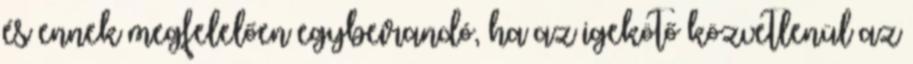
és ennek megfelelően egybeírandó, ha az igekötő közvetlenül az